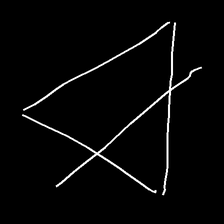
Glyph: empower